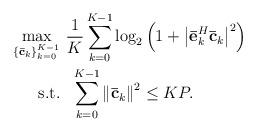
LaTeX: \begin{align*} \begin{aligned} \mathop {\max }\limits_{\{ {\bf{\bar c}}_k\} _{k = 0}^{K - 1} } & \ \frac{1}{K}\sum\limits_{k = 0}^{K - 1} {\log _2}\left( {1 + {{\left| {\bf{\bar e}}_k^H{{\bf{\bar c}}_k}\right|}^2}} \right) \\ {\rm{s.t.}} &\ \ \sum\limits_{k = 0}^{K - 1} {{{\left\| {{\bf{\bar c}}_k} \right\|}^2}} \le KP. \end{aligned} \end{align*}